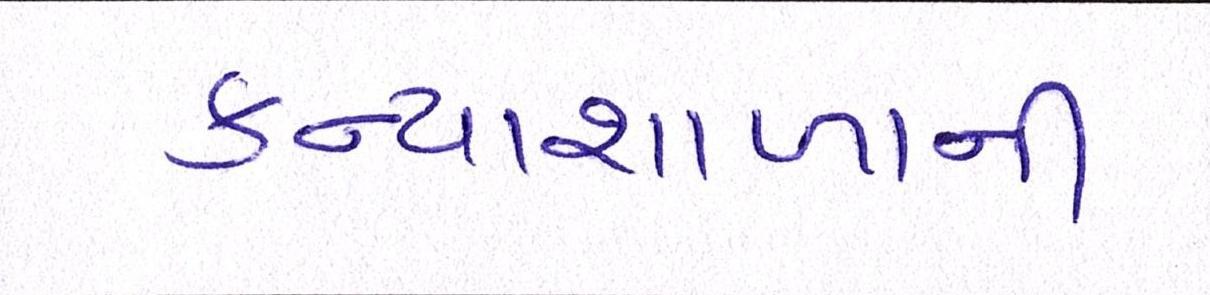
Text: કન્યાશાળાની